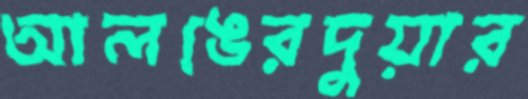
আলঙেরদুয়ার